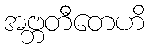
အဗ္ဘတီတေဟိ